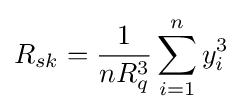
R_{sk}={\frac {1}{nR_{q}^{3}}}\sum _{i=1}^{n}y_{i}^{3}